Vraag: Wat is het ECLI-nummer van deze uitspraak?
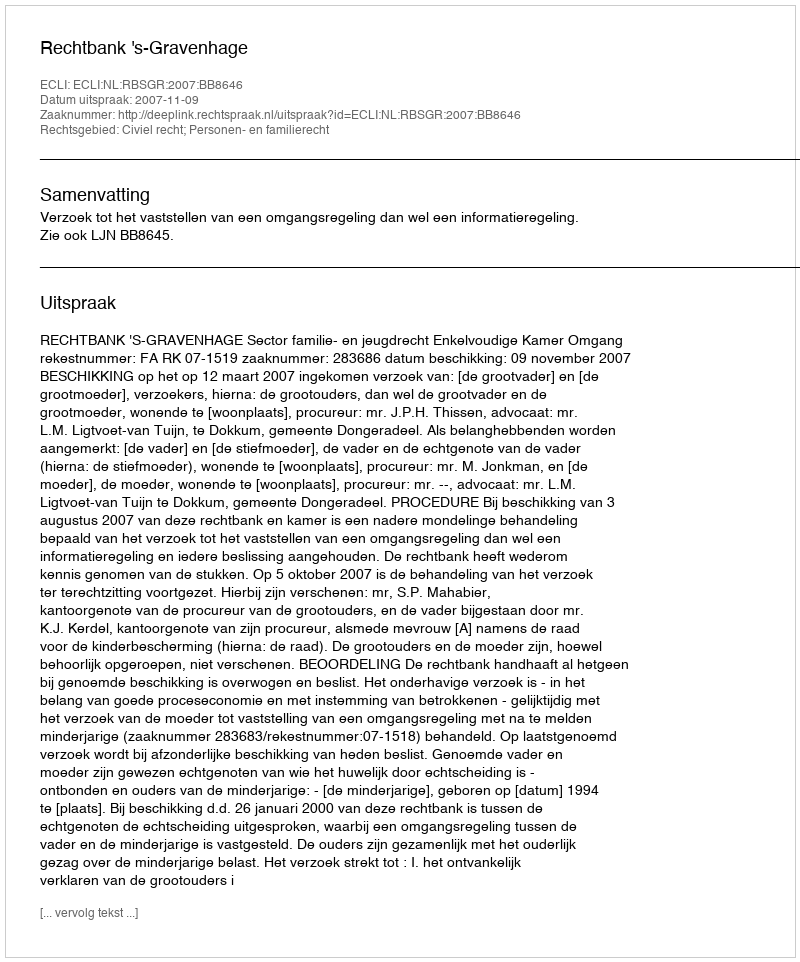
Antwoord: ECLI:NL:RBSGR:2007:BB8646